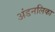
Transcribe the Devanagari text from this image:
अंडनलिका